Civil Veterinary Dept. Bombay admin report 1932-41 - 1932-1941
Year: 1932
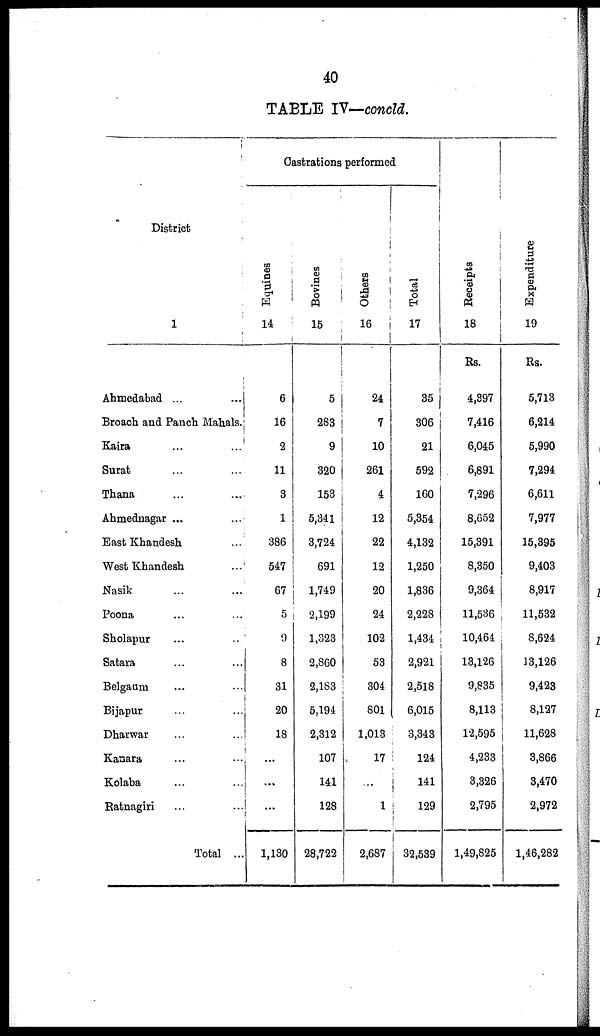
40
TABLE IV—concld.
District
1
Ahmedabad ... ...
Broach and Panch Mahals.
Kaira ... ...
Surat ... ...
Thana ... ...
Ahmednagar ... ...
East Khandesh ...
West Khandesh ...
Nasik ... ...
Poona ... ...
Sholapur ... ...
Satara ... ...
Belgaum ... ...
Bijapur ... ...
Dharwar ... ...
Kanara ... ...
Kolaba ... ...
Ratnagiri ... ...
Total ...
Castrations performed
Equines
14
6
16
2
11
3
1
386
547
67
5
9
8
31
20
18
...
...
...
1,130
Bovines
15
5
283
9
320
153
5,341
3,724
691
1,749
2,199
1,323
2,860
2,183
5,194
2,312
107
141
128
28,722
Others
16
24
7
10
261
4
12
22
12
20
24
102
53
304
801
1,013
17
...
1
2,687
Total
17
35
306
21
592
160
5,354
4,132
1,250
1,836
2,228
1,434
2,921
2,518
6,015
3,343
124
141
129
32,539
Receipts
18
Rs.
4,397
7,416
6,045
6,891
7,296
8,652
15,391
8,350
9,364
11,536
10,464
13,126
9,835
8,113
12,595
4,233
3,326
2,795
1,49,825
Expe ndi t
ur e
19
Rs.
5,713
6,214
5,990
7,294
6,611
7,977
15,395
9,403
8,917
11,532
8,624
13,126
9,423
8,127
11,628
3,866
3,470
2,972
1,46,282